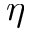
\eta